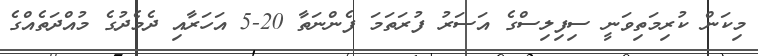
މިކަން ކުރިމަތިވަނީ ސިފިލިސްގެ އަސަރު ފުރަތަމަ ފެންނަތާ 20-5 އަހަރާއި ދެމެދުގެ މުއްދަތެއްގެ